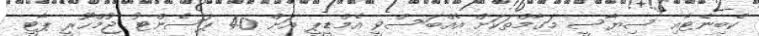
ކެބިނެޓާއި ސިޔާސީ މަގާމްތަކަށް އެއްބަސްވީ އެމްޑީޕީ އަށް 40 ޕަސެންޓު ޖުމްހޫރީ ޕާޓީ